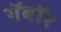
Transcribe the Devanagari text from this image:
गॅबॉर